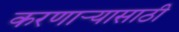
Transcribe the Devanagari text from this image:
करणाऱ्यासाठी